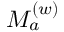
{ \cal M } _ { a } ^ { ( w ) }